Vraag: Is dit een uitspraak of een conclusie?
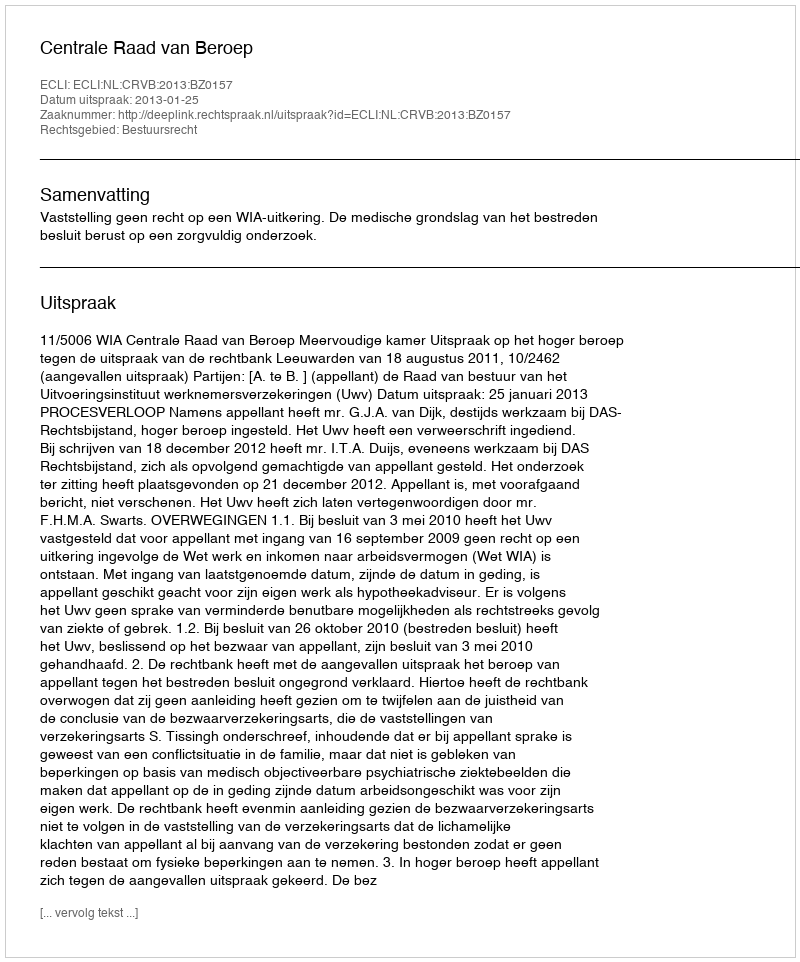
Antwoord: Uitspraak